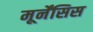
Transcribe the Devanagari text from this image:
मूर्नेंसिस